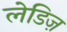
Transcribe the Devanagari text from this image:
लेडिज़